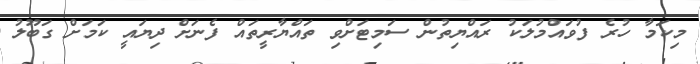
މިކަމާ ހުރެ ފުވައްމުލަކު ރައްޔިތުން ސަމިޓަށްވި ތައްޔާރީތައް ފެނަށް ދިޔައީ ކަމަށް ގަބޫލު